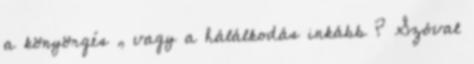
a könyörgés , vagy a hálálkodás inkább ? Szóval